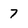
Character: 7